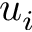
u _ { i }